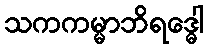
သကကမ္မာဘိရဒ္ဓေါ